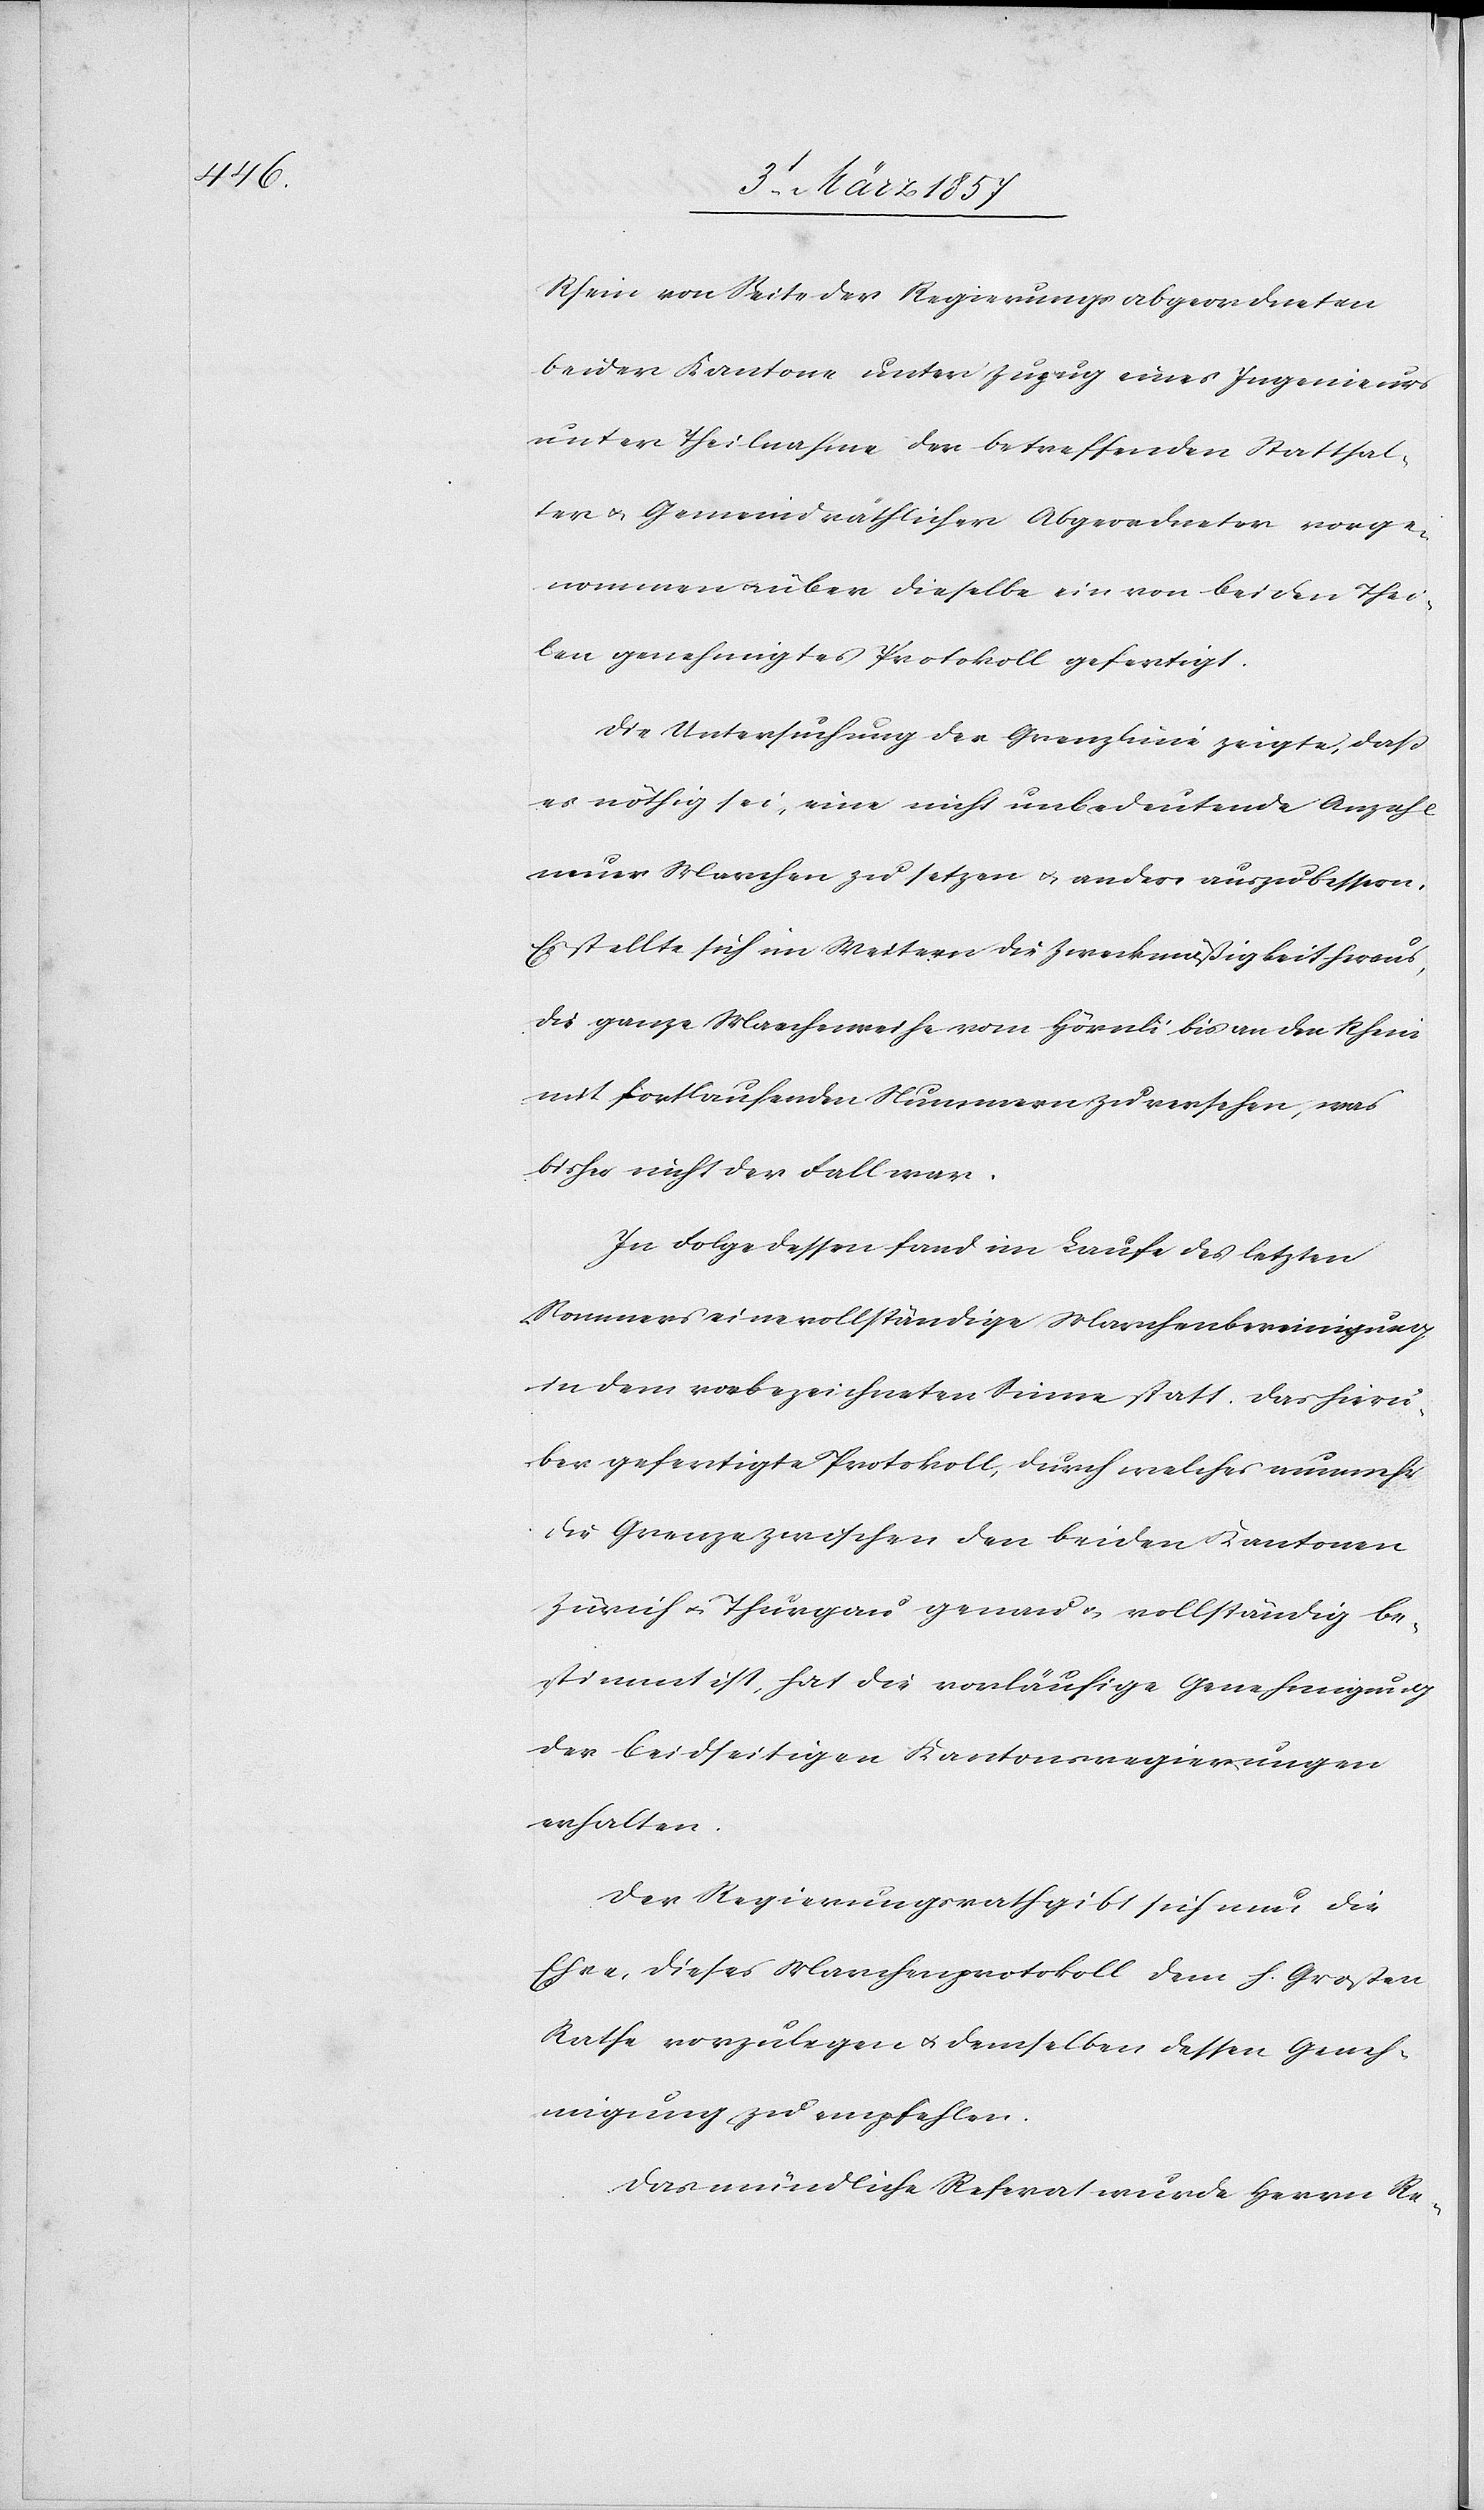
Rhein von Seite der Regierungsabgeordneten
beider Kantone unter Zuzug eines Ingenieurs
unter Theilnahme der betreffenden Statthal¬
ter u. Gemeindräthlicher Abgeordneter vorge¬
nommen u. über dieselbe ein von beiden Thei¬
len genehmigtes Protokoll gefertigt.
Die Untersuchung der Grenzlinie zeigte, daß
es nöthig sei, eine nicht unbedeutende Anzahl
neuer Marchen zu setzen u. andere auszubessern.
Es stellte sich im Weitern die Zweckmäßigkeit heraus,
die ganze Marchenreihe vom Hörnli bis an den Rhein
mit fortlaufenden Nummern zu versehen, was
bisher nicht der Fall war.
In Folge dessen fand im Laufe des letzten
Sommers eine vollständige Marchenbereinigung
in dem vorbezeichneten Sinne statt. Das hierü¬
ber gefertigte Protokoll, durch welches nunmehr
die Grenze zwischen den beiden Kantonen
Zürich u. Thurgau genau u. vollständig be¬
stimmt ist, hat die vorläufige Genehmigung
der beidseitigen Kantonsregierungen
erhalten.
Der Regierungsrath gibt sich nun die
Ehre, dieses Marchenprotokoll dem h. Großen
Rathe vorzulegen u. demselben dessen Geneh¬
migung zu empfehlen.
Das mündliche Referat wurde Herrn Re-